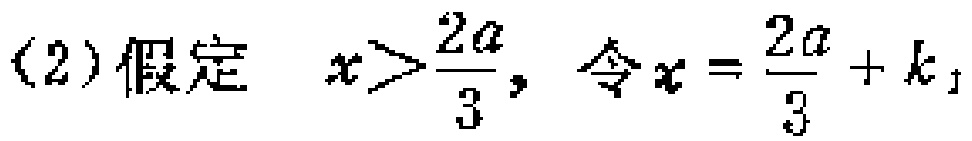
(2)假定 \(x>\frac{2a}{3}\)，令 \(x = \frac{2a}{3}+k_{1}\)